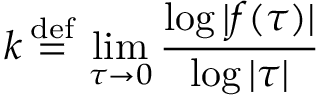
k \, { \stackrel { \mathrm { d e f } } { = } } \, \operatorname* { l i m } _ { \tau \to 0 } { \frac { \log | f ( \tau ) | } { \log | \tau | } }